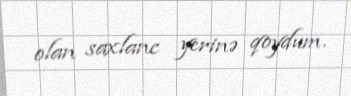
olan saxlanc yerinə qoydum.